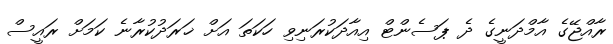
ރާއްޖޭގެ އާމްދަނީގެ ދެ ޕަސެންޓް އިއާދަކުރަނިވި ހަކަތަ އަށް ޚަރަދުކުރާނެ ކަމަށް ރައީސް